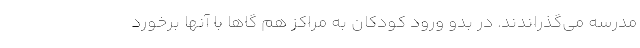
مدرسه می‌گذراندند. در بدو ورود کودکان به مراکز هم گاهاً با آنها برخورد